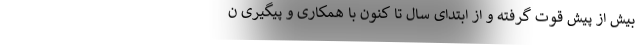
بیش از پیش قوت گرفته و از ابتدای سال تا کنون با همکاری و پیگیری ن